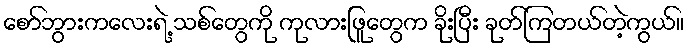
စော်ဘွားကလေးရဲ့ သစ်တွေကို ကုလားဖြူတွေက ခိုးပြီး ခုတ်ကြတယ်တဲ့ကွယ်။